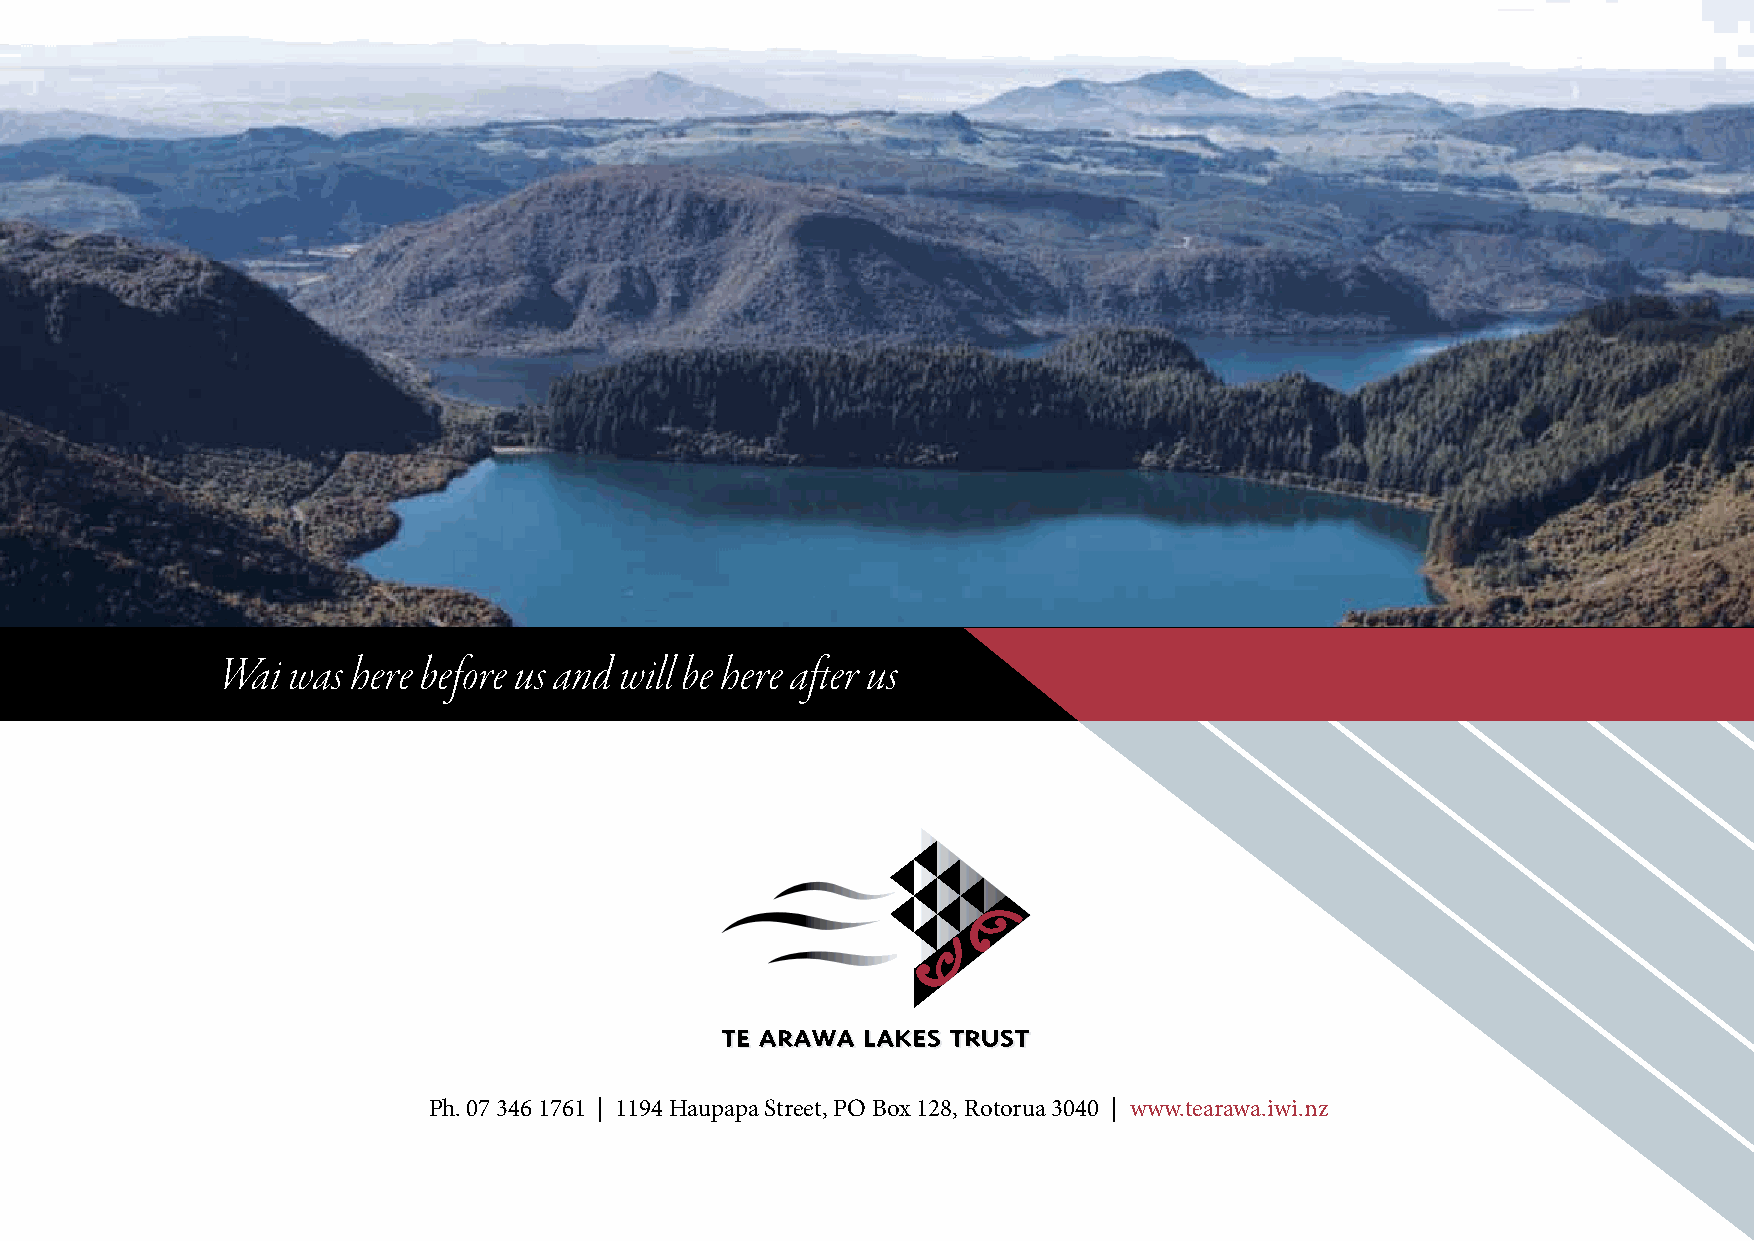
Wai was here before us and will be here after us
 Ph. 07 346 1761 | 1194 Haupapa Street, PO Box 128, Rotorua 3040 | www.tearawa.iwi.nz